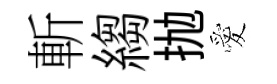
斬縐抛愛